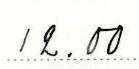
12.00